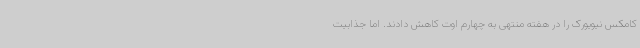
کامکس نیویورک را در هفته منتهی به چهارم اوت کاهش دادند. اما جذابیت